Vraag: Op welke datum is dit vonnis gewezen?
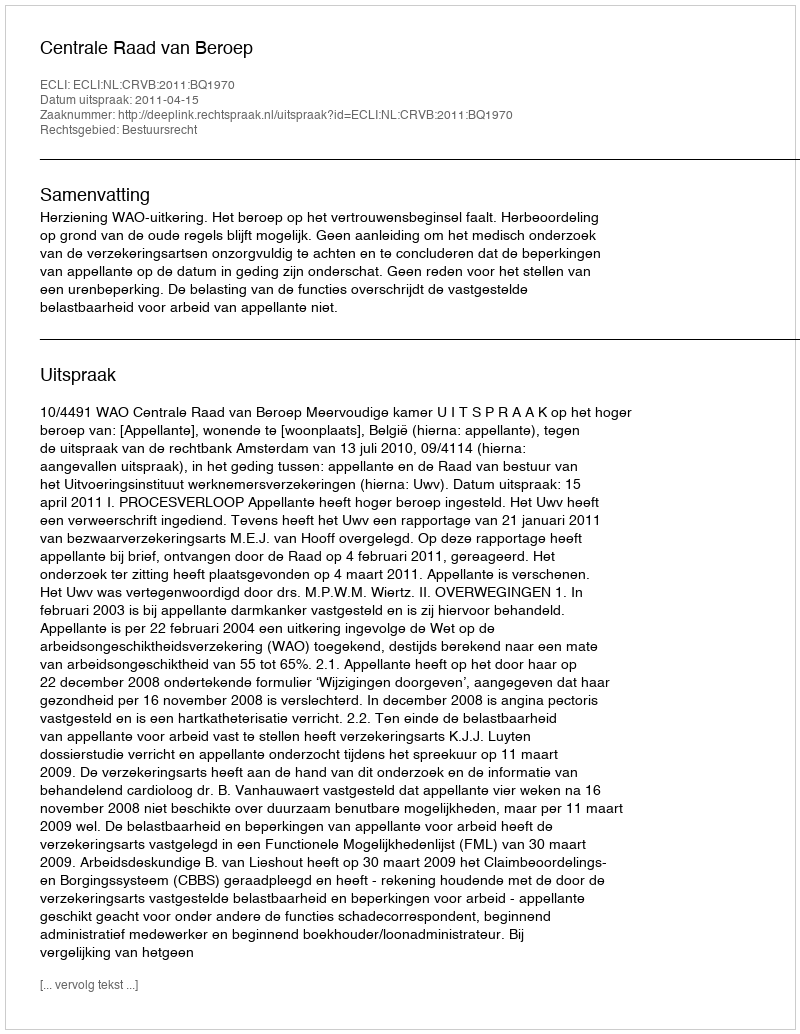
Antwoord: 2011-04-15